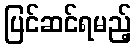
ပြင်ဆင်ရမည့်